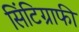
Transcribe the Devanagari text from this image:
सिंटिग्राफी